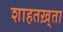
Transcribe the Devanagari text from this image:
शाहतख़्ता